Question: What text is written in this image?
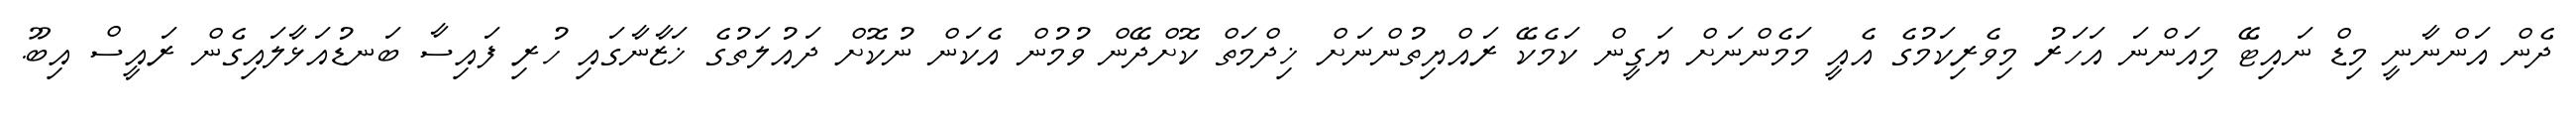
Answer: ދެން އަންނާނީ މިޑް ނައިޓޭ މިއަންނަ އަހަރު މިވެރިކަމުގެ އެއީ މަމެންނަށް ޔަގީން ކަމެކޭ ރައްޔިތުންނަށް ޚިދްމަތް ކޮށްދޭން ވުމުން އެކަން ނުކޮށް ދައުލަތުގެ ޚަޒާނާގައި ހުރި ފައިސާ ބަނޑުއަޅާލައިގެން ރައީސް އިބޫ.